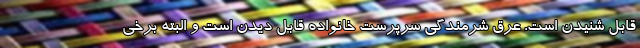
قابل شنیدن است. عرق شرمندگی سرپرست خانواده قابل دیدن است و البته برخی